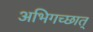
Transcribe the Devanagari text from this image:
अभिगच्छात्